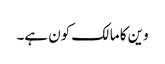
وین کا مالک کون ہے۔